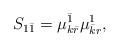
LaTeX: \begin{align*}S_{1\bar 1}=\mu_{k\bar r}^{\bar 1} \mu_{\bar k r}^1,\end{align*}